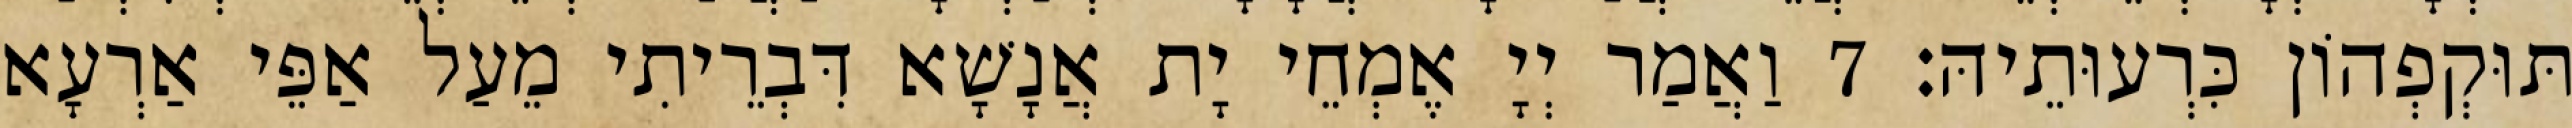
תּוּקְפְהוֹן כִּרְעוּתֵיהּ׃ 7 וַאֲמַר יְיָ אֶמְחֵי יָת אֲנָשָׁא דִּבְרֵיתִי מֵעַל אַפֵּי אַרְעָא